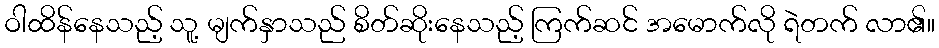
ဝါထိန်နေသည့် သူ့ မျက်နှာသည် စိတ်ဆိုးနေသည့် ကြက်ဆင် အမောက်လို ရဲတက် လာ၏။